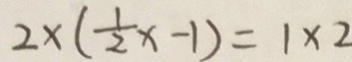
2 \times ( \frac { 1 } { 2 } x - 1 ) = 1 \times 2